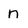
Character: n